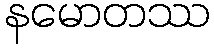
နမောတဿ